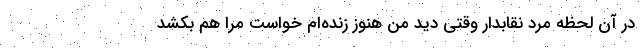
در آن لحظه مرد نقابدار وقتی دید من هنوز زنده‌ام خواست مرا هم بکشد